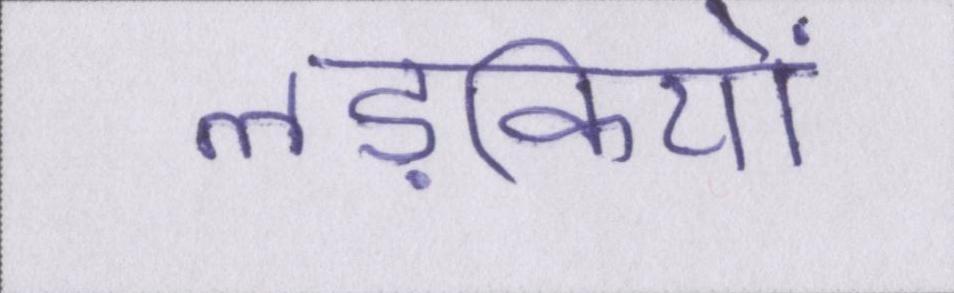
लड़कियों